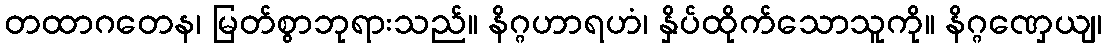
တထာဂတေန၊ မြတ်စွာဘုရားသည်။ နိဂ္ဂဟာရဟံ၊ နှိပ်ထိုက်သောသူကို။ နိဂ္ဂဏှေယျ၊